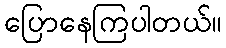
ပြောနေကြပါတယ်။